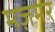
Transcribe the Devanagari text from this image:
मज़मर